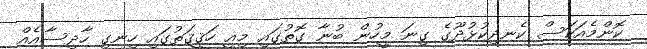
ކޮންމެއަކަސް ކެނދިކުޅުދޫގެ ގިނަ މީހުން ބުނާ ގޮތުގައި މިއީ ހަޤީޤަތުގައި ހިނގި ހާދިސާއެއް